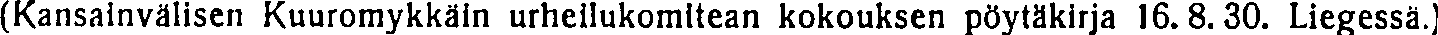
(Kansainvälisen Kuuromykkäin urheilukomitean kokouksen pöytäkirja 16.8.30. Liegessä.)